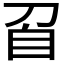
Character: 𭃙